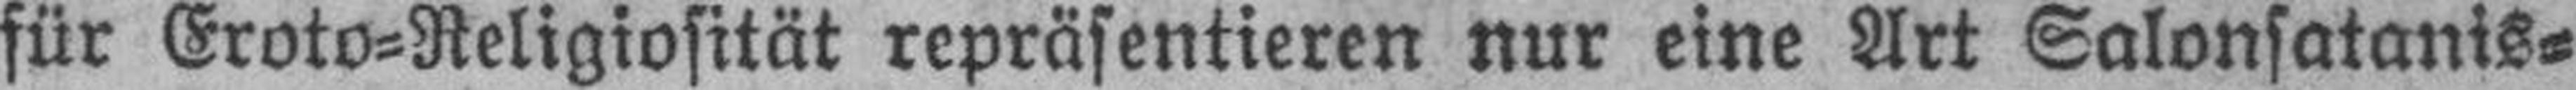
für Eroto=Religiosität repräsentieren nur eine Art Salonsatanis¬